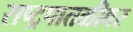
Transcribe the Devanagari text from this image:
राष्ट्रपातळीवर